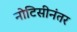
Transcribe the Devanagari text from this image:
नोटिसीनंतर